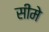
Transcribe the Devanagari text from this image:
सीमे